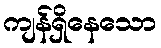
ကျန်ရှိနေသော